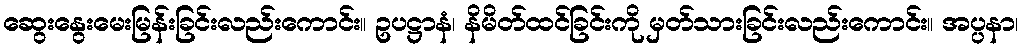
ဆွေးနွေးမေးမြန်းခြင်းလည်းကောင်း။ ဥပဋ္ဌာနံ၊ နိမိတ်ထင်ခြင်းကို မှတ်သားခြင်းလည်းကောင်း။ အပ္ပနာ၊